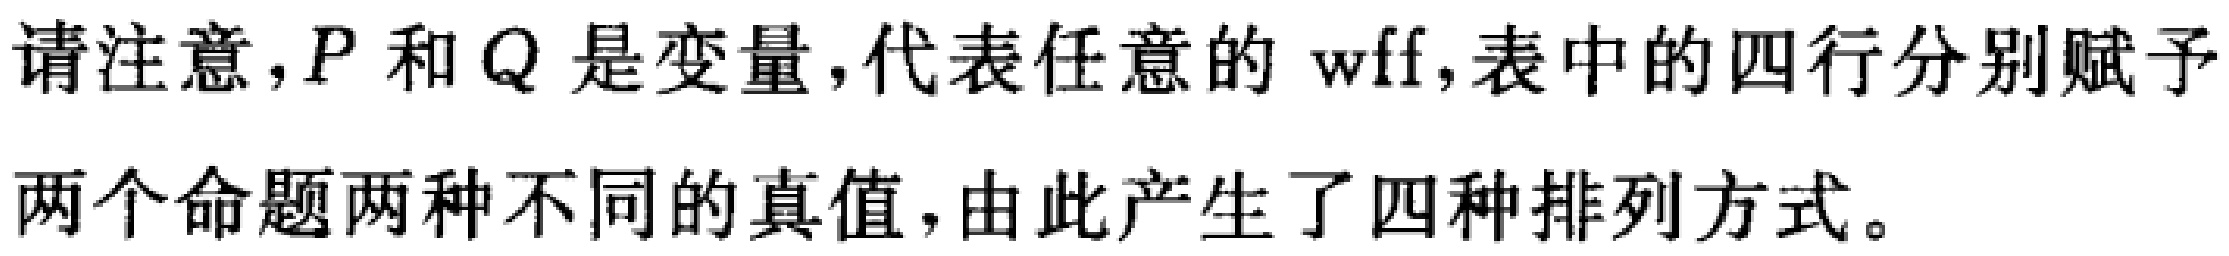
请注意，$P$ 和 $Q$ 是变量，代表任意的 wff，表中的四行分别赋予两个命题两种不同的真值，由此产生了四种排列方式。